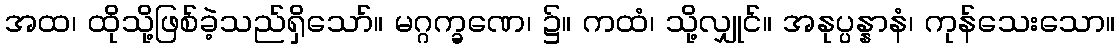
အထ၊ ထိုသို့ဖြစ်ခဲ့သည်ရှိသော်။ မဂ္ဂက္ခဏေ၊ ၌။ ကထံ၊ သို့လျှုင်။ အနုပ္ပန္နာနံ၊ ကုန်သေးသော။